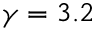
\gamma = 3 . 2